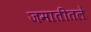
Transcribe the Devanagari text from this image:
जमातीतले